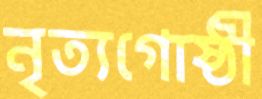
নৃত্যগোষ্ঠী